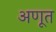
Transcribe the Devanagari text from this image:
अणूत